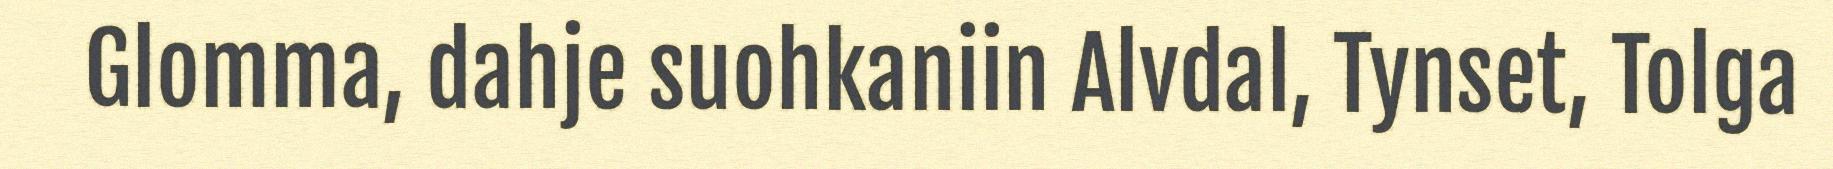
Glomma, dahje suohkaniin Alvdal, Tynset, Tolga